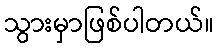
သွားမှာဖြစ်ပါတယ်။